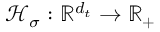
\mathcal { H } _ { \sigma } : \mathbb { R } ^ { d _ { t } } \to \mathbb { R } _ { + }